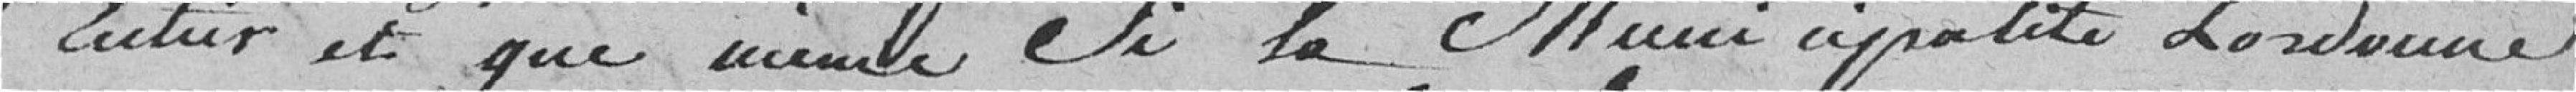
entier et que même si la municipalité l'ordonne